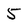
Character: 5